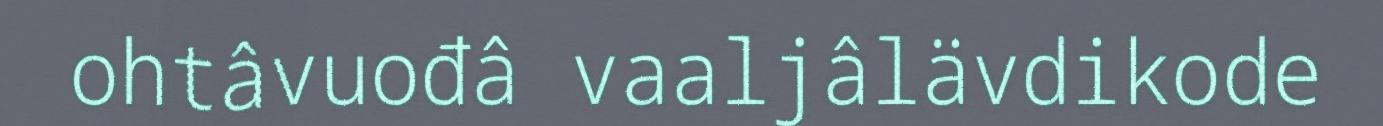
ohtâvuođâ vaaljâlävdikode